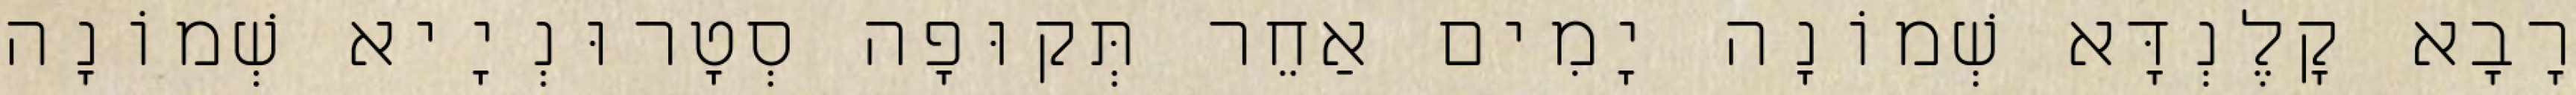
רָבָא קָלֶנְדָּא שְׁמוֹנָה יָמִים אַחֵר תְּקוּפָה סְטָרוּנְיָיא שְׁמוֹנָה